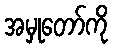
အမှုတော်ကို